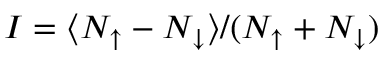
I = \langle N _ { \uparrow } - N _ { \downarrow } \rangle / ( N _ { \uparrow } + N _ { \downarrow } )